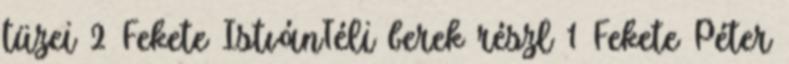
tüzei 2 Fekete IstvánTéli berek részl 1 Fekete Péter